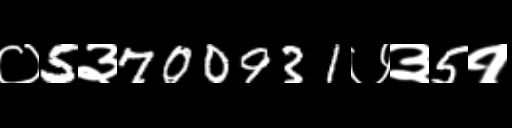
Text: ०5३700931७३5१